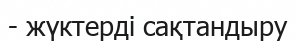
- жүктерді сақтандыру